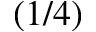
( 1 / 4 )